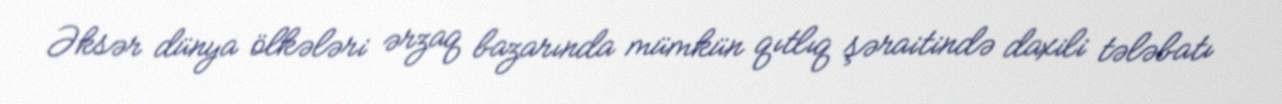
Əksər dünya ölkələri ərzaq bazarında mümkün qıtlıq şəraitində daxili tələbatı